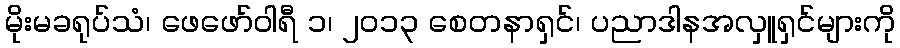
မိုးမခရုပ်သံ၊ ဖေဖော်ဝါရီ ၁၊ ၂၀၁၃ စေတနာရှင်၊ ပညာဒါနအလှူရှင်များကို